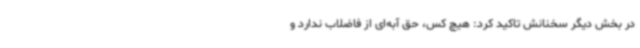
در بخش دیگر سخنانش تاکید کرد: هیچ کس، حق آبه‌ای از فاضلاب ندارد و